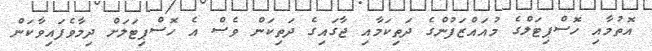
އޮތުމާއި ހޮސްޕިޓަލްގެ މުއައްޒަފުންގެ ދަތިކަމާއި ޖާގައިގެ ދަތިކަން ވެސް އެ ހޮސްޕިޓަލަށް ދިމާވެފައިވާކަން